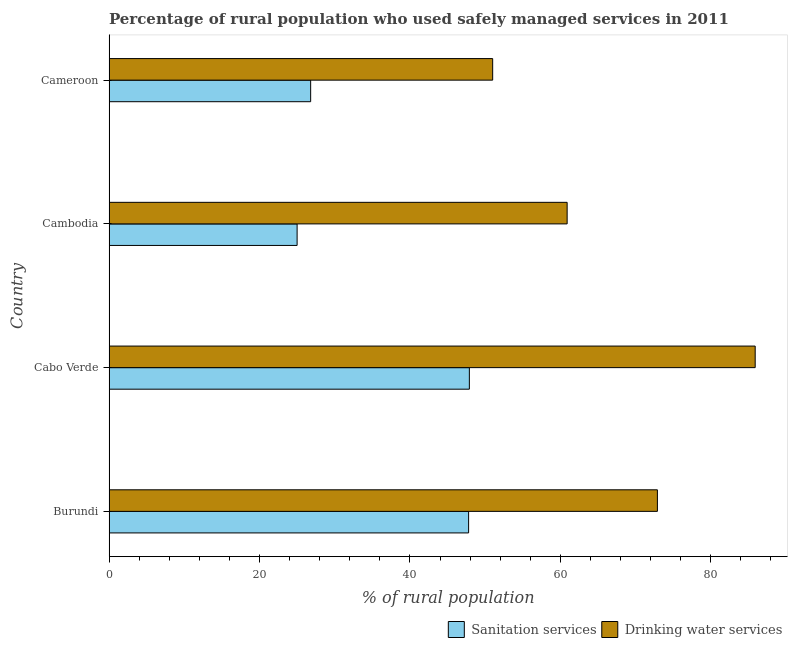
| Country | Sanitation services | Drinking water services |
 | --- | --- | --- |
 | Burundi | 47.8 | 72.9 |
 | Cabo Verde | 47.9 | 85.9 |
 | Cambodia | 25 | 60.9 |
 | Cameroon | 26.8 | 51 |